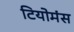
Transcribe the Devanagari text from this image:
टियोमंस